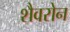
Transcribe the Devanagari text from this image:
शैवरोन